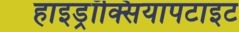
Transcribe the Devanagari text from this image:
हाइड्रॉक्सियापटाइट